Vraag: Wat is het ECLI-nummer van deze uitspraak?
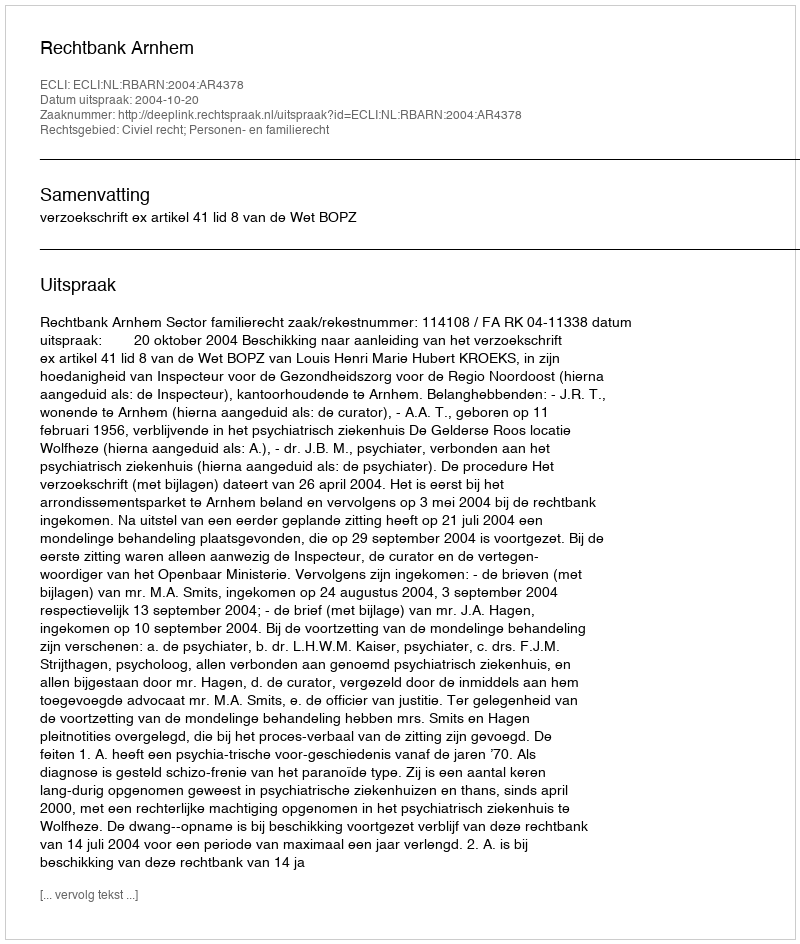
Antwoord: ECLI:NL:RBARN:2004:AR4378